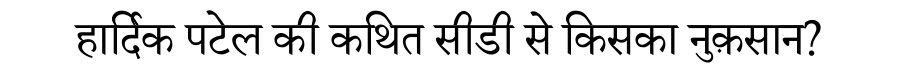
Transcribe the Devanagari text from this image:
हार्दिक पटेल की कथित सीडी से किसका नुक़सान?